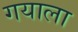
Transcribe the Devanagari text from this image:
गयाला